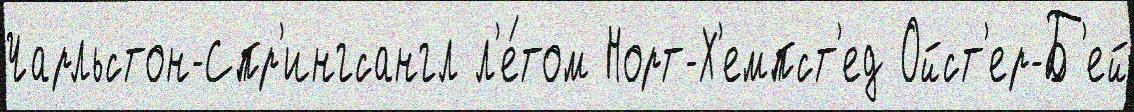
Чарльстон-Спр'ингсангл л'е́том Норт-Х'емпст'ед Ойст'ер-Б'ей